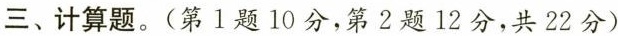
三、计算题。(第1题10分，第2题12分，共22分)